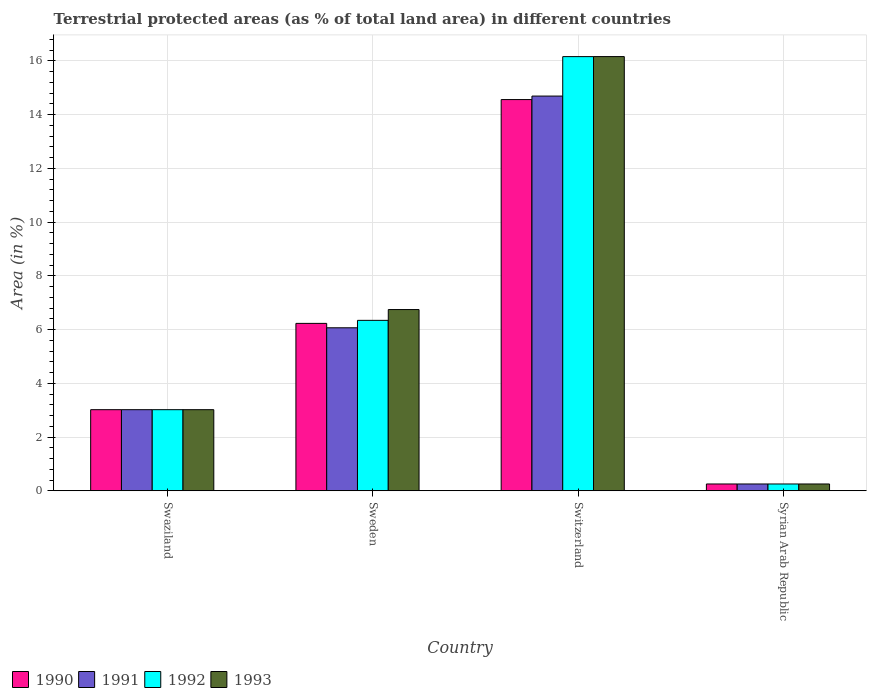
| Country | 1990 | 1991 | 1992 | 1993 |
 | --- | --- | --- | --- | --- |
 | Swaziland | 3.02 | 3.02 | 3.02 | 3.02 |
 | Sweden | 6.23 | 6.07 | 6.34 | 6.75 |
 | Switzerland | 14.6 | 14.7 | 16.2 | 16.2 |
 | Syrian Arab Republic | 0.253 | 0.253 | 0.253 | 0.253 |